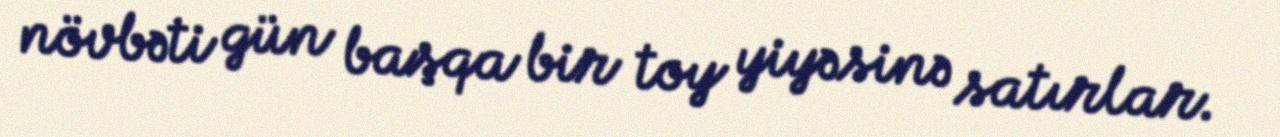
növbəti gün başqa bir toy yiyəsinə satırlar.